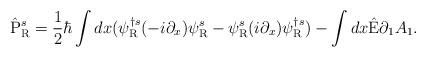
LaTeX: \begin{align*}\hat{\rm P}^s_{\rm R} = \frac{1}{2} \hbar \int dx( {\psi}^{\dagger s}_{\rm R} (-i \partial_x) {\psi}^s_{\rm R}- {\psi}^s_{\rm R} (i \partial_x) {\psi}^{\dagger s}_{\rm R} )- \int dx \hat{\rm E} {\partial_1}A_1 .\end{align*}